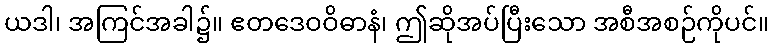
ယဒါ၊ အကြင်အခါ၌။ ဧတဒေဝဝိဓာနံ၊ ဤဆိုအပ်ပြီးသော အစီအစဉ်ကိုပင်။